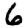
Digit: 6